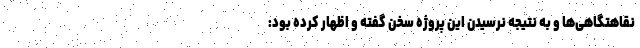
نقاهتگاهی‌ها و به نتیجه نرسیدن این پروژه سخن گفته و اظهار کرده بود: